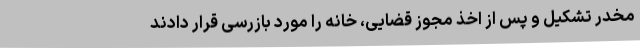
مخدر تشکیل و پس از اخذ مجوز قضایی، خانه را مورد بازرسی قرار دادند